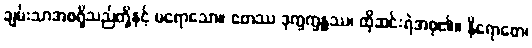
ချမ်းသာအစရှိသည်တို့နှင့် မရောသော။ ဧတဿ ဒုက္ခက္ခန္ဓဿ၊ ထိုဆင်းရဲအစု၏။ နိရောဓော၊